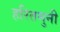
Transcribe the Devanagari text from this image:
हरितमुनी